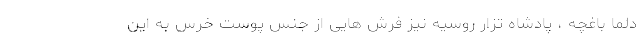
دلما باغچه ، پادشاه تزار روسیه نیز فرش هایی از جنس پوست خرس به این